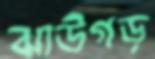
ঝাউগড়